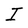
Character: I